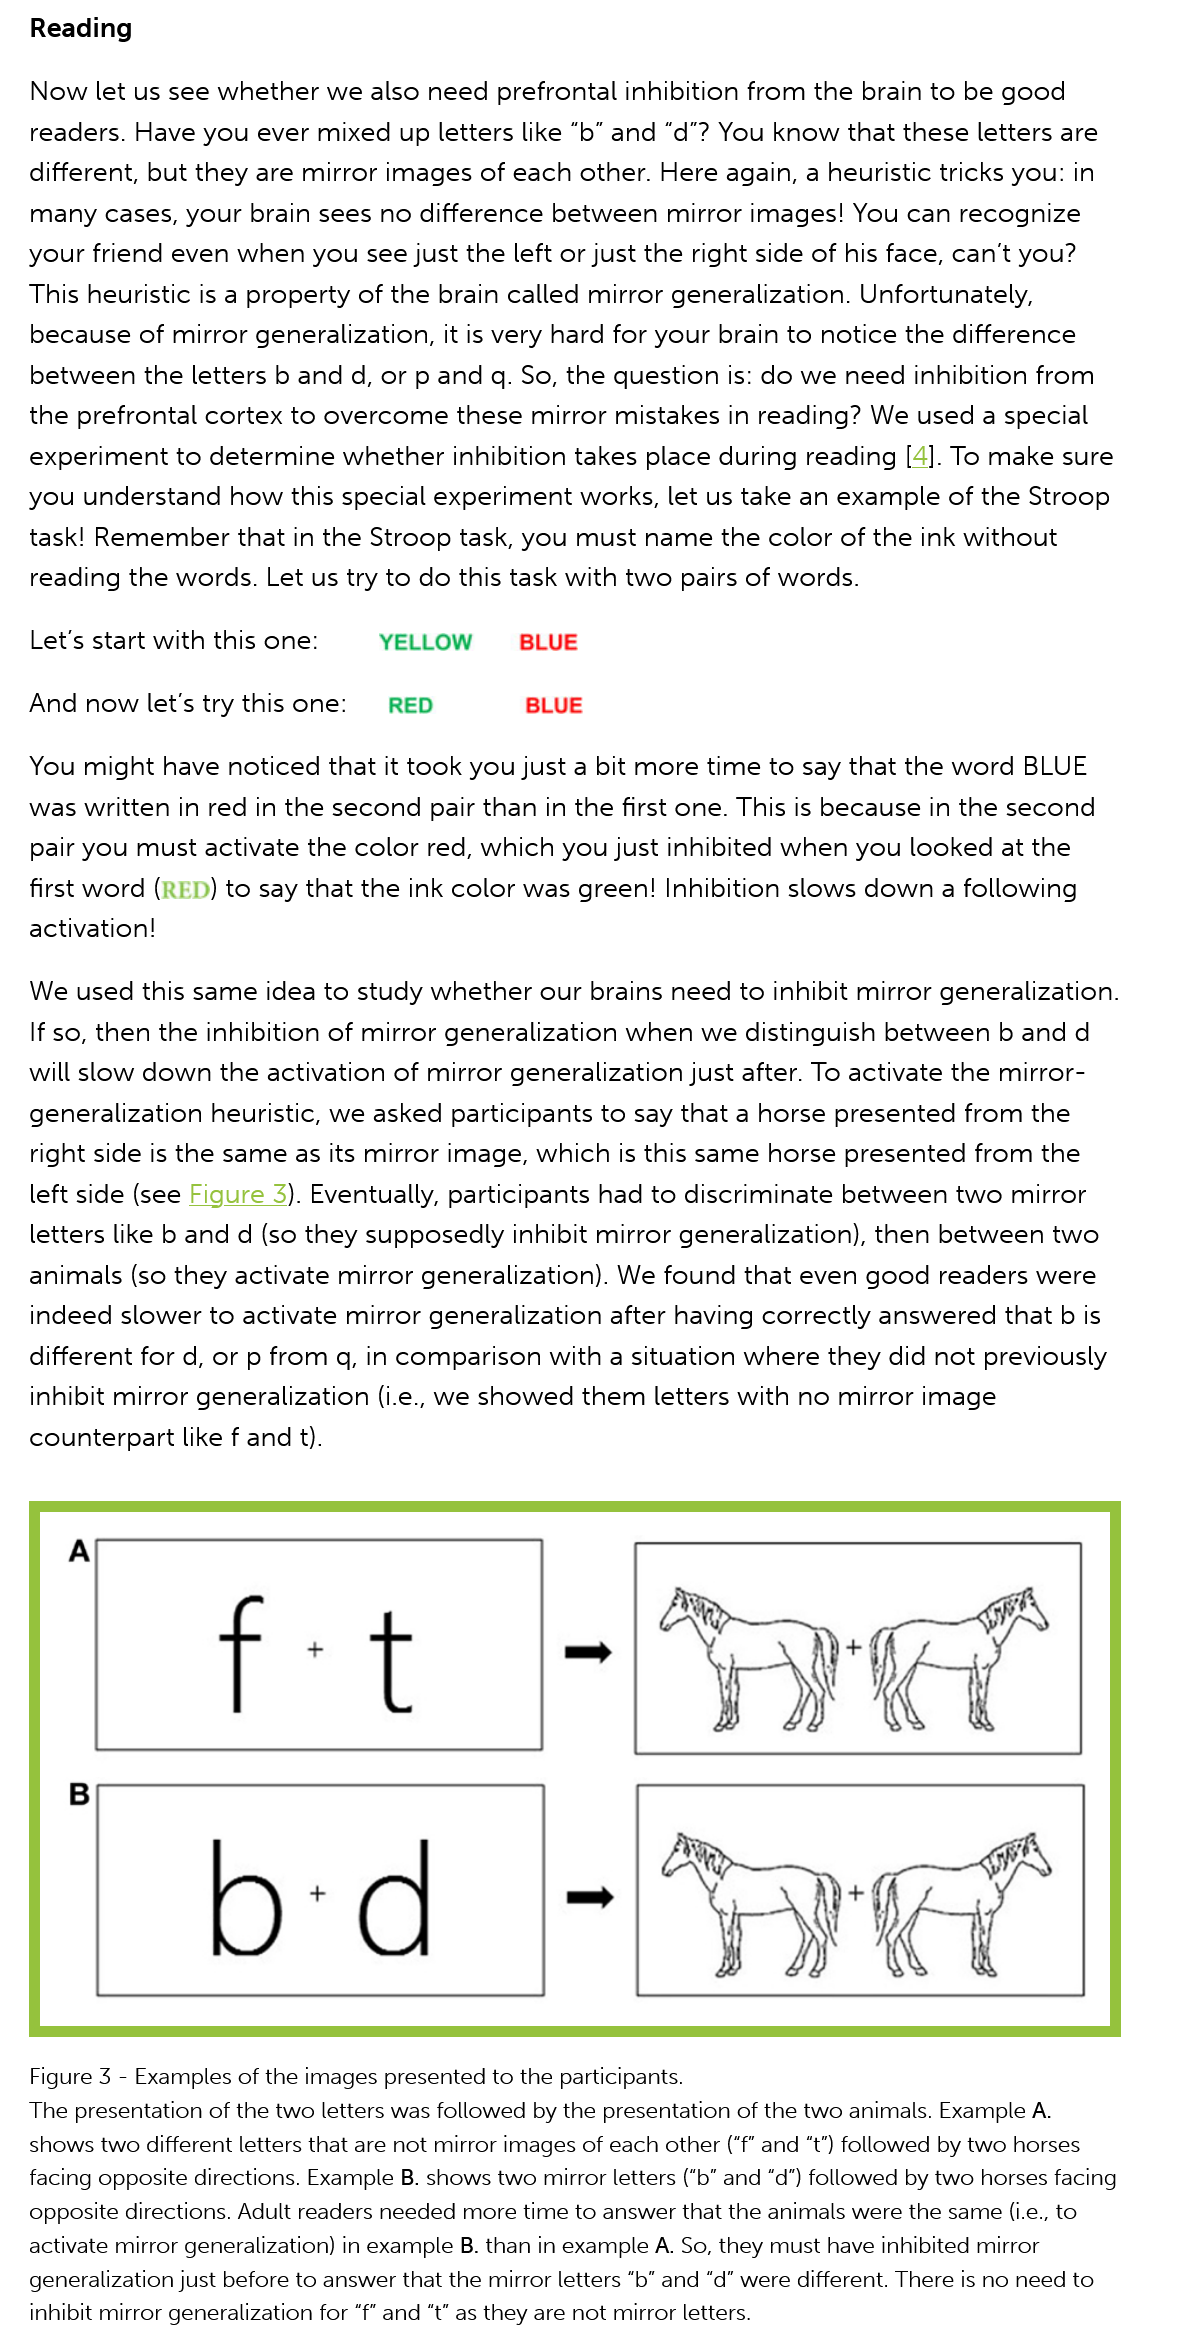
Reading
   Now let  us see whether we   also need prefrontal inhibition from the brain to be good
   readers. Have  you ever mixed  up letters like “b” and “d"? You know that these letters are
   different, but they are mirror images of each other. Here again, a heuristic tricks you: in
   many cases,  your  brain sees no difference between   mirror images! You  can recognize
   your friend even when you see  just the  left or just the right side of his face, can't you?
   This heuristic is a property of the brain called mirror generalization. Unfortunately,
   because  of mirror generalization, it is very hard for your brain to notice the difference
   between the letters  b and d, or p and q. So, the question is: do we need inhibition from
   the prefrontal cortex to overcome   these mirror mistakes  in reading? We used  a special
   experiment  to determine  whether inhibition  takes place during reading  [4]. To make sure
   you  understand  how  this special experiment works,  let us take an example of the Stroop
   task! Remember  that  in the Stroop task, you must  name the  color of the ink without
   reading the words. Let us try to do this task with two pairs of words.
   Let's start with this one:   YELLOW    BLUE
   And  now let's try this one:  RED    BLUE
   You  might have  noticed that it took you just a bit more time to say that the word BLUE
   was written  in red in the second pair than in the first one. This is because in the second
   pair you must activate the color red, which  you just inhibited when you  looked  at the
   first word (RED) to say that the ink color was green! Inhibition slows down a following
   activation!
   We used  this same idea  to study whether our  brains need  to inhibit mirror generalization.
   If so, then the inhibition of mirror generalization when we distinguish between  b and  d
   will slow down the activation  of mirror generalization just after. To activate the mirror-
   generalization heuristic, we asked participants to say that a horse presented from  the
   right side is the same as its mirror image, which is this same horse presented from  the
   left side (see Figure 3). Eventually, participants had to discriminate between two mirror
   letters like b and d (so they supposedly inhibit mirror generalization), then between two
   animals  (so they activate mirror generalization). We found that even good  readers were
   indeed  slower to activate mirror generalization after having correctly answered  that b is
   different for d, or p from q, in comparison with a situation where they did not previously
   inhibit mirror generalization (i.e., we showed them letters with no mirror image
   counterpart like f and t).
   Figure 3
     -
     Examples of the images presented to the participants.
   The presentation of the two letters was followed by the presentation of the two animals. Example A.
   shows two different letters that are not mirror images of each other ("f" and “t’) followed by two horses
   facing opposite directions. Example B. shows two mirror letters (“b" and “d") followed by two horses facing
   opposite directions. Adult readers needed more time to answer that the animals were the same (i.e., to
   activate mirror generalization) in example B. than in example A. So, they must have inhibited mirror
   generalization just before to answer that the mirror letters “b” and “d” were different. There is no need to
   inhibit mirror generalization for “f” and “t” as they are not mirror letters.